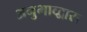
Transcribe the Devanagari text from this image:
अनुभाव्द्वारा